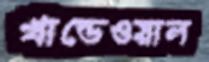
খান্ডেওয়াল